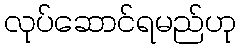
လုပ်ဆောင်ရမည်ဟု